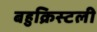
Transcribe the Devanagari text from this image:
बहुक्रिस्टली